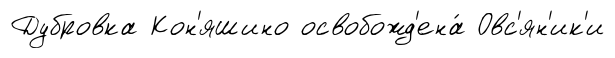
Дубровка Кон'яшино освобожд'ена́ Овс'ян'ик'и